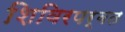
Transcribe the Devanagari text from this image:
शिविरपर्वत